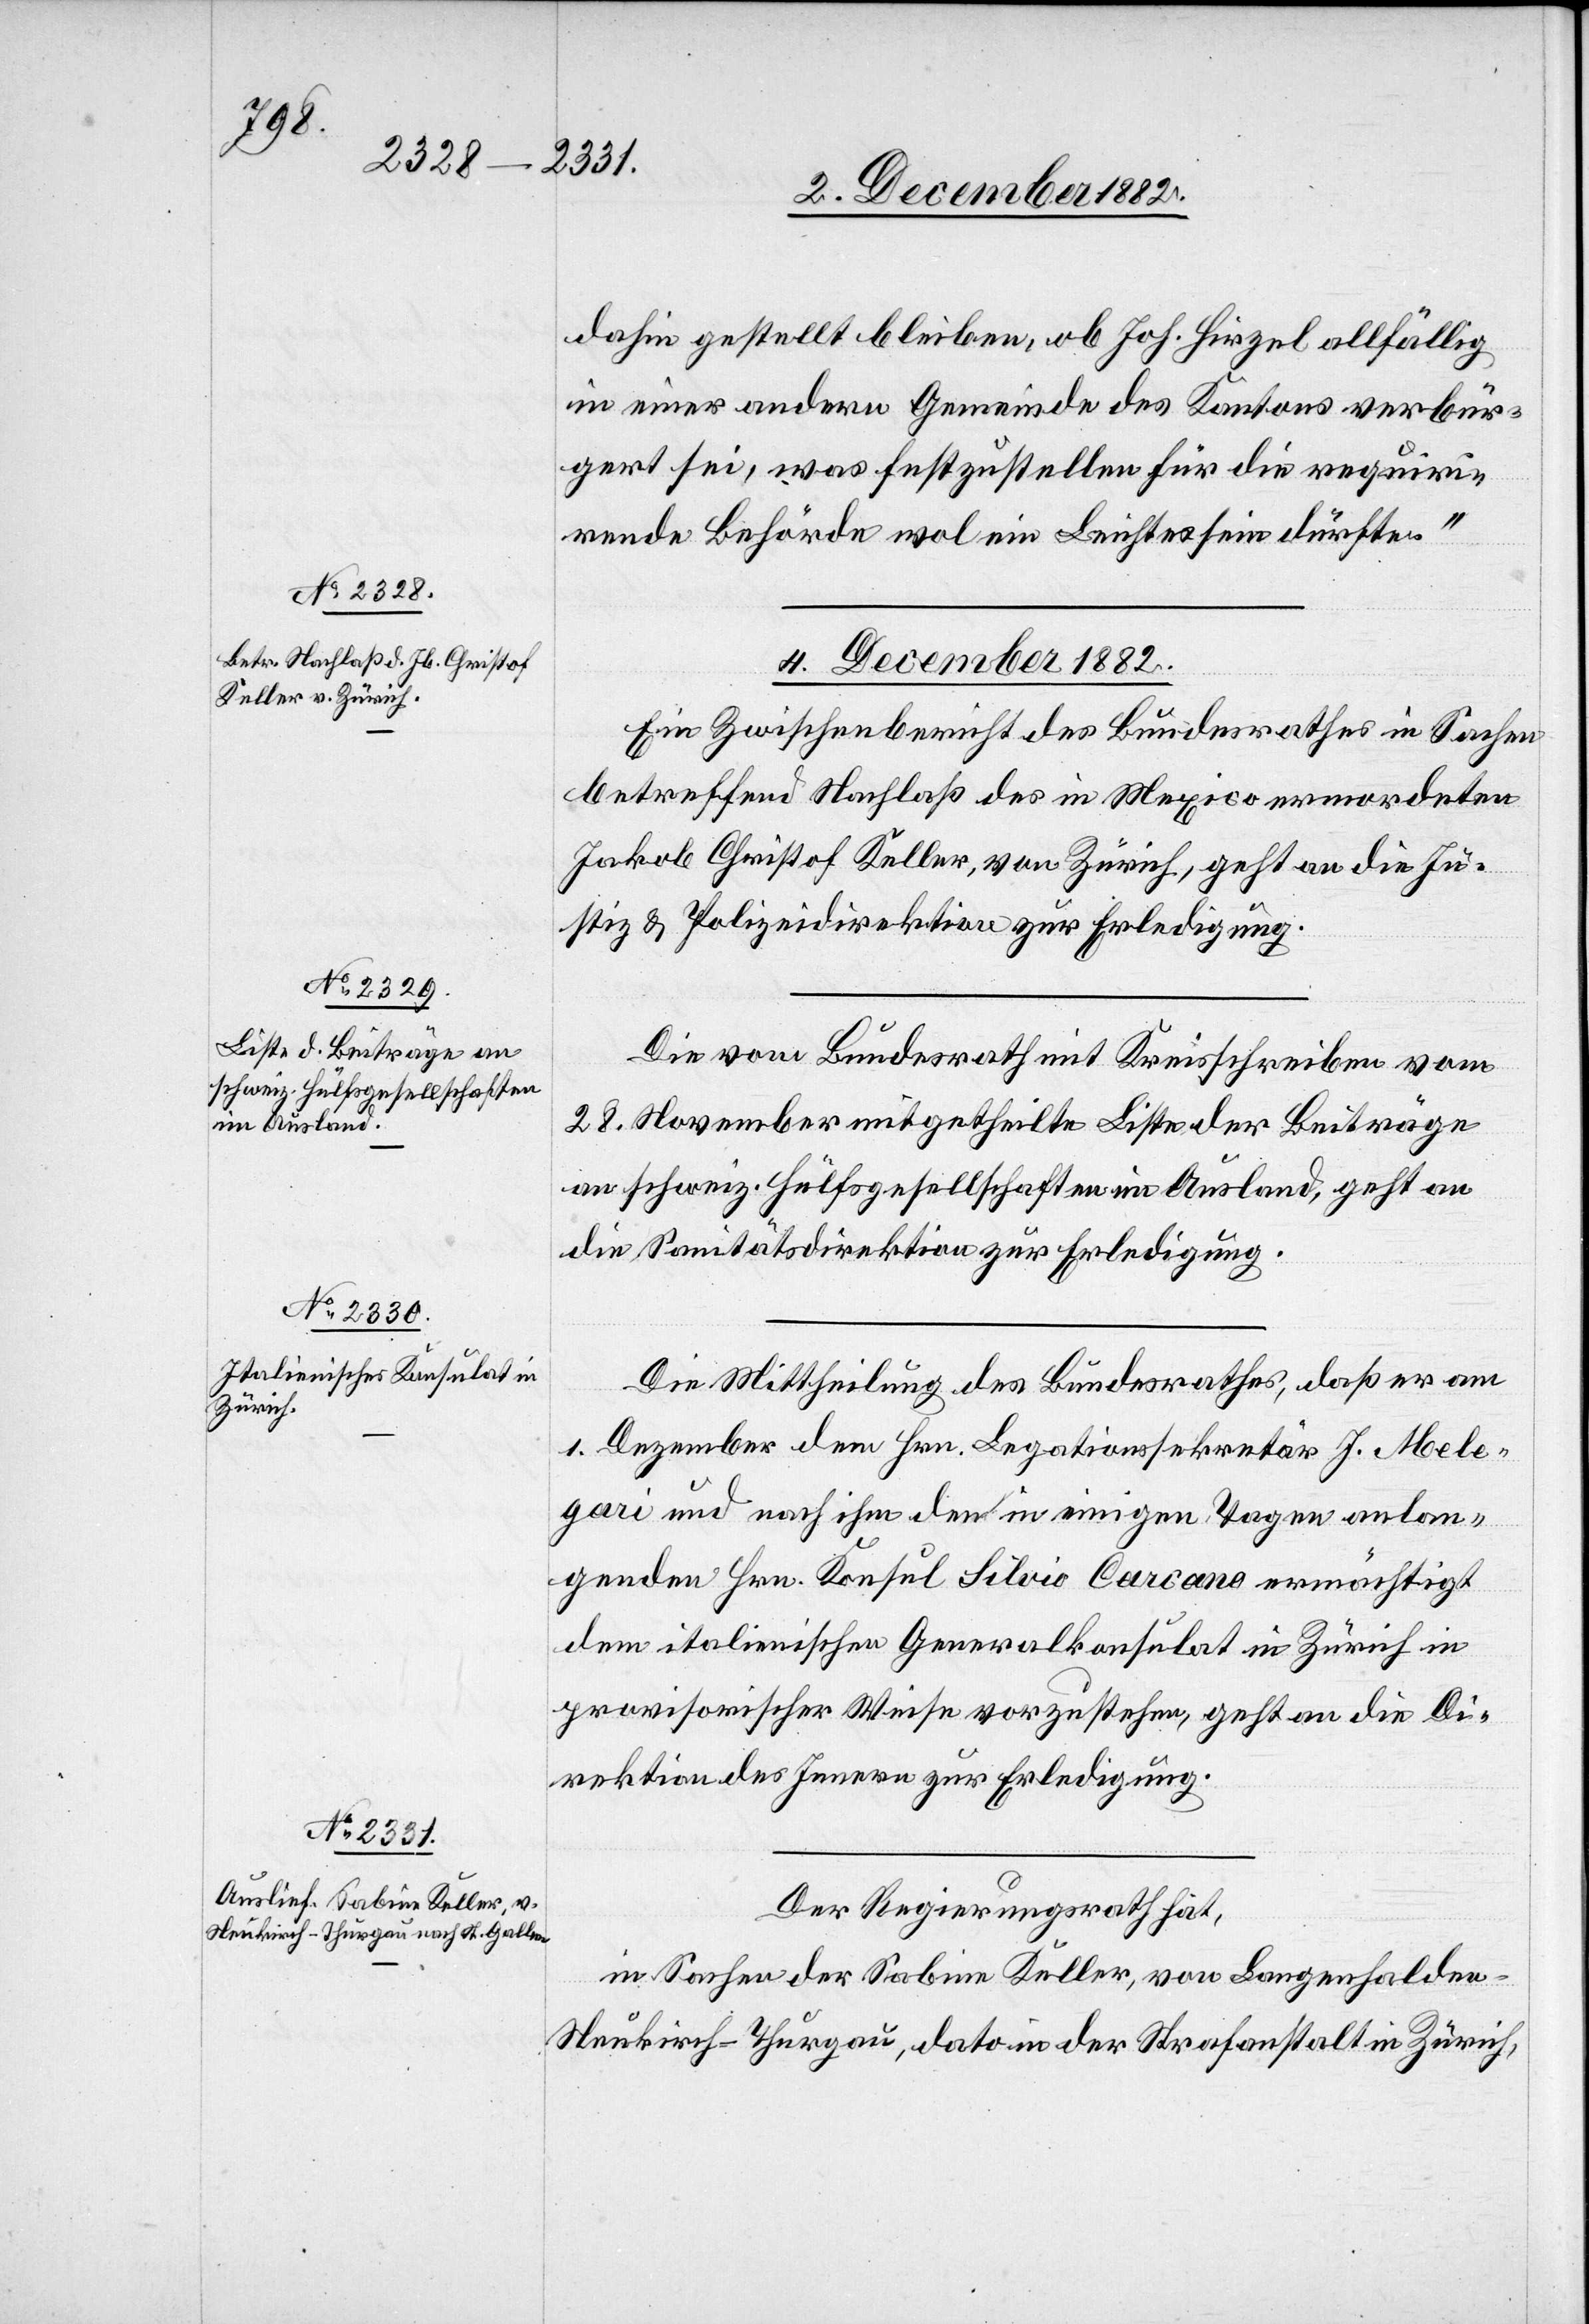
dahin gestellt bleiben, ob Joh. Hirzel allfällig
in einer andern Gemeinde des Kantons verbür¬
gert sei, was festzustellen für die requiri¬
rende Behörde wol ein Leichtes sein dürfte.“
4. December 1882.]
Ein Zwischenbericht des Bundesrathes in Sachen
betreffend Nachlaß des in Mexico ermordeten
Jakob Christof Keller, von Zürich, geht an die Ju¬
stiz- & Polizeidirektion zur Erledigung.
Die vom Bundesrath mit Kreisschreiben vom
28. November mitgetheilte Liste der Beiträge
die schweiz. Hülfsgesellschaften im Ausland, geht an
die Sanitätsdirektion zur Erledigung.
Die Mittheilung des Bundesrathes, daß er am
1. Dezember den Hrn. Legationssekretär J. Mele¬
gari und nach ihm den in einigen Tagen anlan¬
genden Hrn. Konsul Silvio Carcano ermächtigt
dem italienischen Generalkonsulat in Zürich in
provisorischer Weise vorzustehen, geht an die Di¬
rektion des Innern zur Erledigung.
Der Regierungsrath hat,
in Sachen der Sabine Keller, von Langenhalden
Neukirch - Thurgau, dato in der Strafanstalt Zürich,